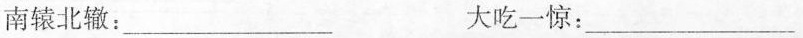
南辕北辙：___ 大吃一惊：___